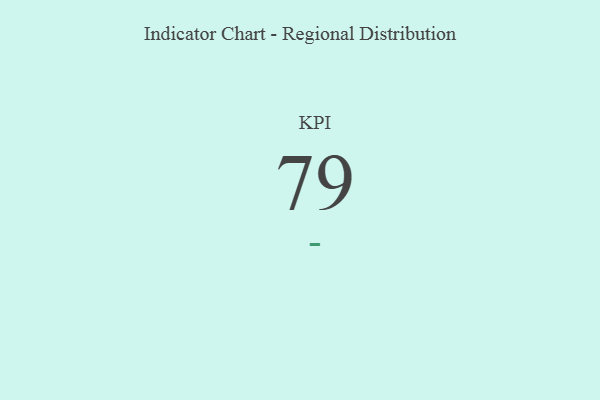
{"axis": {"x": "KPI", "y": "Value"}, "legend": [""], "data": [{"x": "KPI", "y": 79, "type": ""}]}